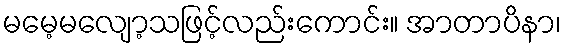
မမေ့မလျော့သဖြင့်လည်းကောင်း။ အာတာပိနာ၊